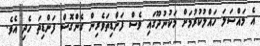
އެ މައްސަލަ ހައްލުކުރުމަށް މަކުނުދޫގައި ވެސް ފަންޑިތަވެރިން ގެންގޮސް ފަންޑިތަ ހެދި އެވެ.